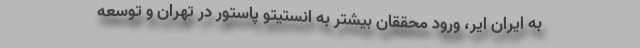
به ایران ایر، ورود محققان بیشتر به انستیتو پاستور در تهران و توسعه